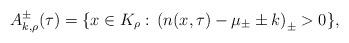
LaTeX: \begin{align*}A_{k,\rho}^{\pm}(\tau) = \{ x\in K_{\rho}: \, \left(n(x,\tau) -\mu_{\pm} \pm k \right)_{\pm} > 0 \},\end{align*}